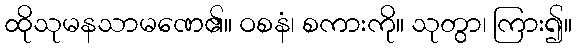
ထိုသုမနသာမဏေ၏။ ဝစနံ၊ စကားကို။ သုတွာ၊ ကြား၍။